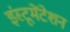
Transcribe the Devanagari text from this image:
इंस्‍टूमेंटेशन